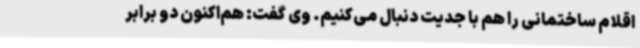
اقلام ساختمانی را هم با جدیت دنبال می‌کنیم. وی گفت: هم‌اکنون دو برابر